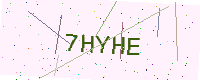
Text: 7HYHE